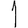
Digit: 1